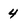
Character: 4